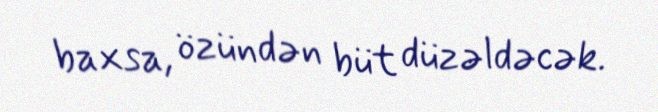
baxsa, özündən büt düzəldəcək.